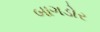
બાગડોર